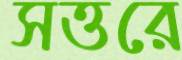
সত্তরে